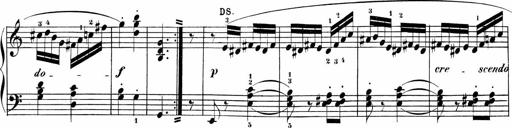
Title: Sonatinen Op.47, 98 und 136, nebst 6 Liedersonatinen
Composer: Carl Reinecke